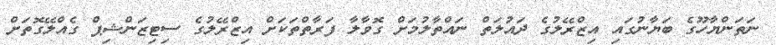
ނަތަންޔާހޫގެ ބަޔާނުގައި އިޒްރޭލުގެ ދައުލަތް ނައްތާލުމަށް ގޮވާލާ ފަރާތްތަކަށް އިޒްރޭލުގެ ސިޓިޒަންޝިޕް ގެއްލޭގޮތަށް